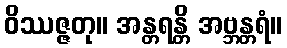
ဝိဿဇ္ဇတု။ အန္တရန္တိ အဗ္ဘန္တရံ။